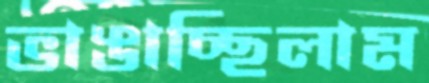
ভাঙাচ্ছিলাম